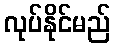
လုပ်နိုင်မည်